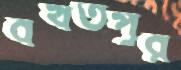
বখতপুর